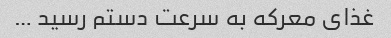
غذای معرکه به سرعت دستم رسید …